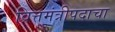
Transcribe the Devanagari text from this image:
वित्तमंत्रीपदाचा